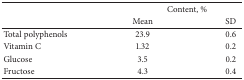
<table><thead><tr><td rowspan="2"><b> </b></td><td colspan="2"><b>Content, %</b></td></tr><tr><td><b>Mean </b></td><td><b>SD</b></td></tr></thead><tbody><tr><td>Total polyphenols</td><td>23.9</td><td>0.6</td></tr><tr><td>Vitamin C</td><td>1.32</td><td>0.2</td></tr><tr><td>Glucose</td><td>3.5</td><td>0.2</td></tr><tr><td>Fructose</td><td>4.3 </td><td>0.4</td></tr></tbody></table>